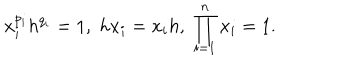
x _ { i } ^ { p _ { i } } h ^ { q _ { i } } = 1 , \; h x _ { i } = x _ { i } h , \; \prod _ { i = 1 } ^ { n } x _ { i } = 1 .